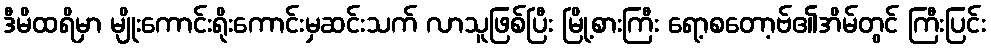
ဒီမိထရိမှာ မျိုးကောင်းရိုးကောင်းမှဆင်းသက် လာသူဖြစ်ပြီး မြို့စားကြီး ရော့စတော့ဗ်၏အိမ်တွင် ကြီးပြင်း